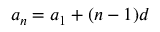
a _ { n } = a _ { 1 } + ( n - 1 ) d